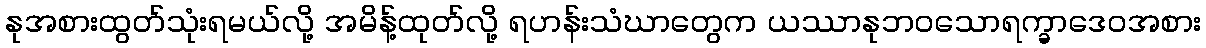
နုအစားထွတ်သုံးရမယ်လို့ အမိန့်ထုတ်လို့ ရဟန်းသံဃာတွေက ယဿာနုဘဝသောရက္ခာဒေဝအစား